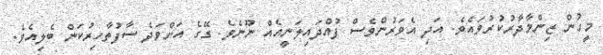
މީހުން ޒިންމާދާރުކުރުވައެވެ. އަދި އެވަރުންވެސް ފުއްދައިލަނީއެއް ނޫނެވެ. ގޭގެ އަށްވަދެ ސާފުތާހިރުކަން ބެލިއެވެ.